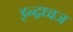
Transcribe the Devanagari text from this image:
इन्द्रध्वज